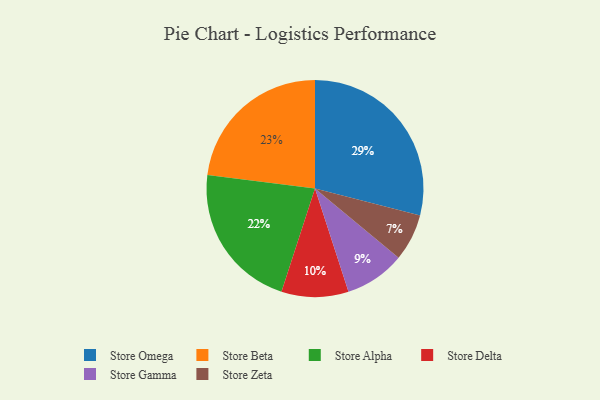
{"axis": {"x": "Category", "y": "Percentage"}, "legend": ["Store Alpha", "Store Beta", "Store Delta", "Store Gamma", "Store Omega", "Store Zeta"], "data": [{"x": "Store Gamma", "y": 9, "type": "Store Gamma"}, {"x": "Store Beta", "y": 23, "type": "Store Beta"}, {"x": "Store Omega", "y": 29, "type": "Store Omega"}, {"x": "Store Delta", "y": 10, "type": "Store Delta"}, {"x": "Store Alpha", "y": 22, "type": "Store Alpha"}, {"x": "Store Zeta", "y": 7, "type": "Store Zeta"}]}